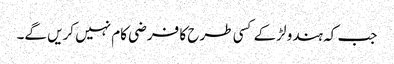
جب کہ ہندو لڑکے کسی طرح کا فرضی کام نہیں کریں گے۔